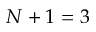
N + 1 = 3